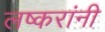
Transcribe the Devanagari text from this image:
लष्करांनी